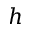
h